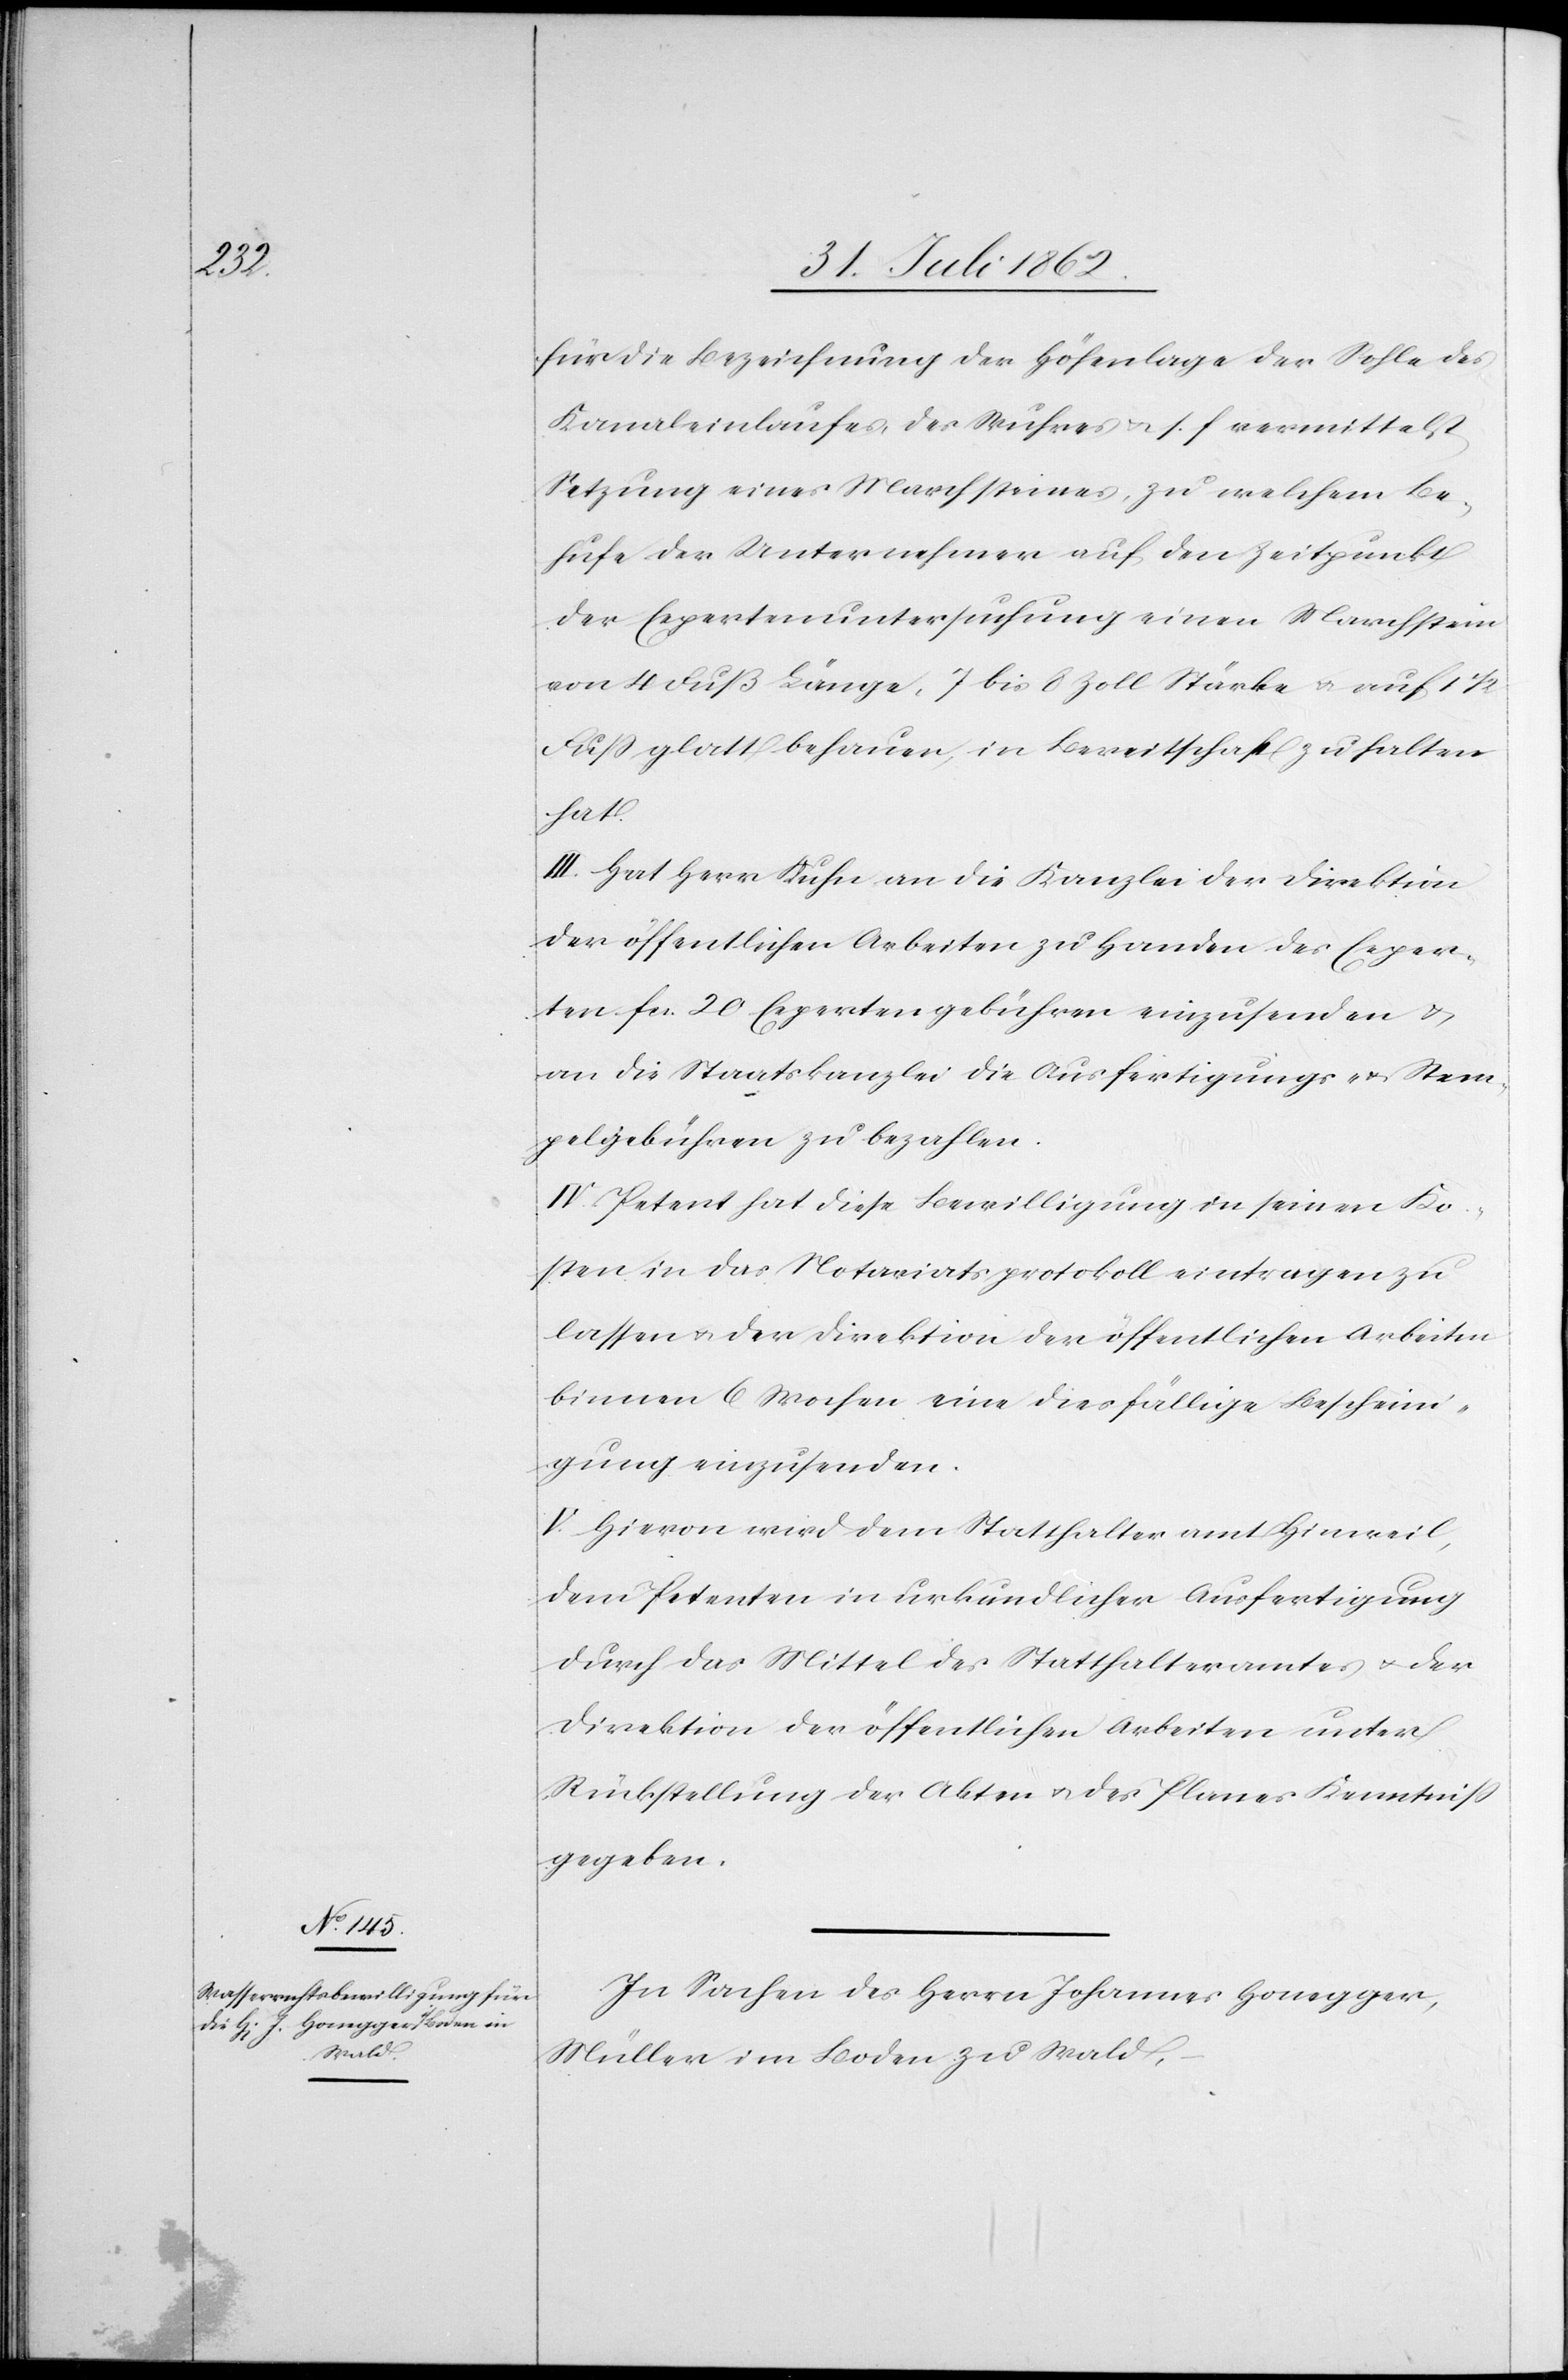
für die Bezeichnung der Höhenlage der Sohle des
Kanaleinlaufes des Wuhres u. s. f. vermittelst
Setzung eines Marchsteines, zu welchem Be¬
hufe der Unternehmer auf den Zeitpunkt
der Expertenuntersuchung einen Marchstein
von 4 Fuß Länge, 7 bis 8 Zoll Stärke u. auf 1
Fuß glatt behauen, in Bereitschaft zu halten
hat.
III. Hat Herr Kuhn an die Kanzlei der Direktion
der öffentlichen Arbeiten zu Handen des Exper¬
ten fcs. 20 Expertengebühren einzusenden u.
an die Staatskanzlei die Ausfertigungs- u. Stem¬
pelgebühren zu bezahlen.
IV. Petent hat diese Bewilligung in seinen Ko¬
sten in das Notariatsprotokoll eintragen zu
lassen u. der Direktion der öffentlichen Arbeiten
binnen 6 Wochen eine diesfällige Beschein¬
igung einzusenden.
V. Hievon wird dem Statthalteramt Hinweil,
dem Petenten in urkundlicher Ausfertigung
durch das Mittel des Statthalteramtes u. der
Direktion der öffentlichen Arbeiten unter
Rückstellung der Akten u. des Planes Kenntniß
gegeben.
In Sachen des Herrn Johannes Honegger,
Müller im Boden zu Wald,